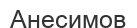
Анесимов